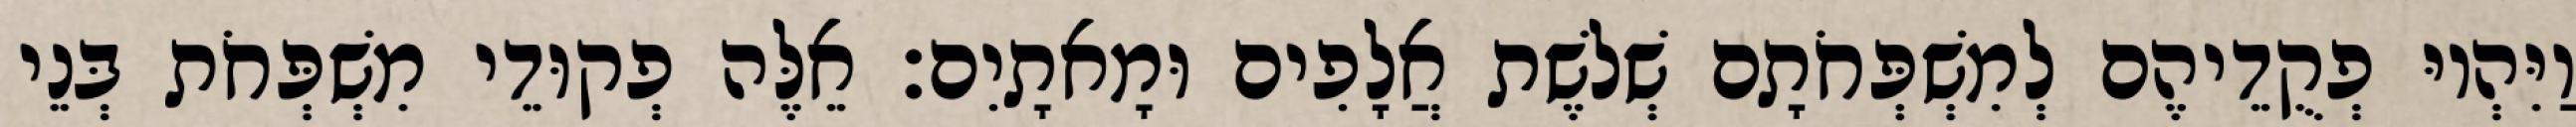
וַיִּהְיוּ פְקֻדֵיהֶם לְמִשְׁפְּחֹתָם שְׁלשֶׁת אֲלָפִים וּמָאתָיִם׃ אֵלֶּה פְקוּדֵי מִשְׁפְּחֹת בְּנֵי